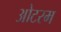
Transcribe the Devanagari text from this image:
ओटरम